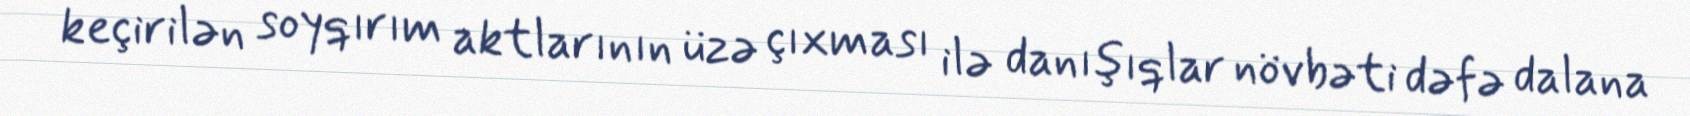
keçirilən soyqırım aktlarının üzə çıxması ilə danışıqlar növbəti dəfə dalana